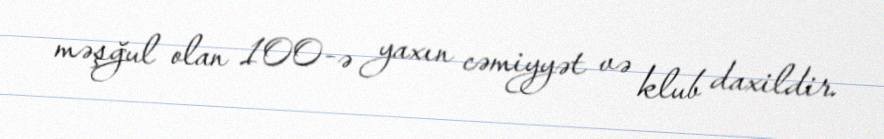
məşğul olan 100-ə yaxın cəmiyyət və klub daxildir.